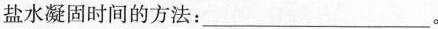
盐水凝固时间的方法：___。